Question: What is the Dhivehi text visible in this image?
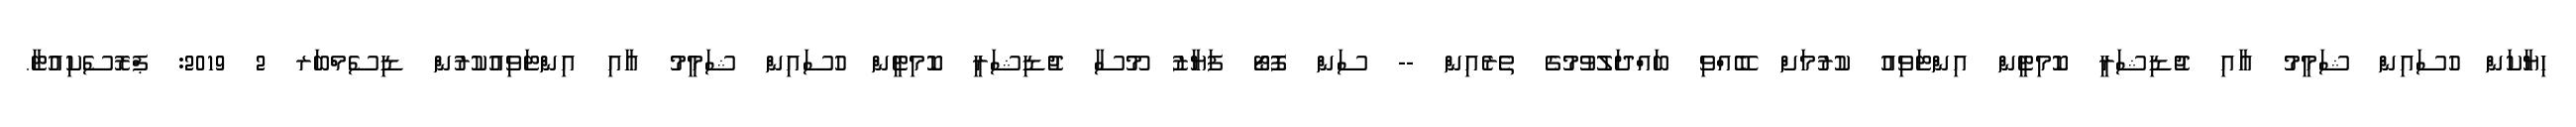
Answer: ހިޔާކަން ހުސައިން ޝަމީމު އާއި ޖުޑިޝަރީ ކޮމިޓީން އިންޓަވިއު ކުރުމަށް ބޭއްވި ބައްދަލުވުމުގެ ތެރެއިން -- ސަން ފޮޓޯ ފަޔާޒު މޫސާ ޖުޑިޝަރީ ކޮމިޓީން ހުސައިން ޝަމީމު އާއި އިންޓަވިއުކުރުން ޑިސެމްބަރ 2 2019: ޕްރޮސެކިއުޓާ.